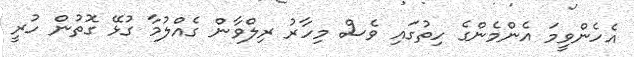
އެހެންވީމަ އެންމެންގެ ހިތުގައި ވެސް މިހާރު ރިލްވާން ގެއްލުމާ ގުޅޭ ގޮތުން ހުރީ